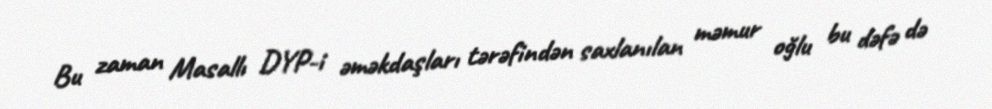
Bu zaman Masallı DYP-i əməkdaşları tərəfindən saxlanılan məmur oğlu bu dəfə də